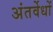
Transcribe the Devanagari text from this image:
अंतर्वेधों